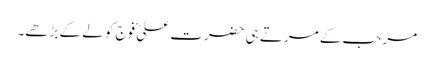
مرحب کے مرتے ہی حضرت علیؓ فوج کو لے کے بڑھے۔